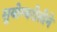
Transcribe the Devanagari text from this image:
सुयोग्यरीतीने